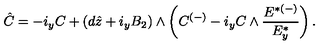
\hat { C } = - i _ { y } C + ( d \hat { z } + i _ { y } B _ { 2 } ) \wedge \left( C ^ { ( - ) } - i _ { y } C \wedge { \frac { { E } ^ { { * } ( - ) } } { { E } _ { y } ^ { { * } } } } \right) .